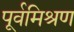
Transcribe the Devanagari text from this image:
पूर्वमिश्रण